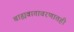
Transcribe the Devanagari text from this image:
बाह्यवातावरणातही